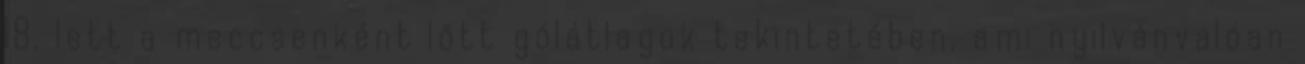
18. lett a meccsenként lőtt gólátlagok tekintetében, ami nyilvánvalóan